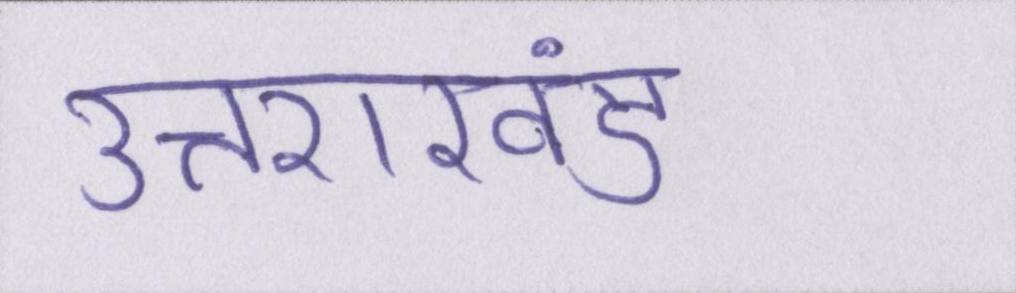
उत्तराखंड